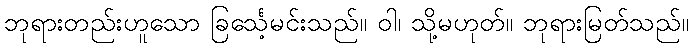
ဘုရားတည်းဟူသော ခြင်္သေ့မင်းသည်။ ဝါ၊ သို့မဟုတ်။ ဘုရားမြတ်သည်။